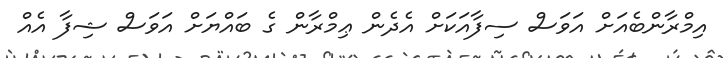
އިމްރާންބެއަށް އަވަސް ސިފާއަކަށް އެދެން ޢިމްރާން ގެ ބައްޔަށް އަވަސް ޝިފާ އެއް